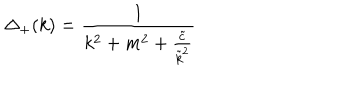
LaTeX: \Delta _ { + } ( k ) = \frac 1 { k ^ { 2 } + m ^ { 2 } + \frac { \tilde { c } } { \tilde { k } ^ { 2 } } }